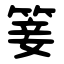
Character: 䈉